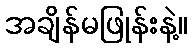
အချိန်မဖြုန်းနဲ့။